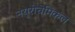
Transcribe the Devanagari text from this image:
नयूरोचेमिकल